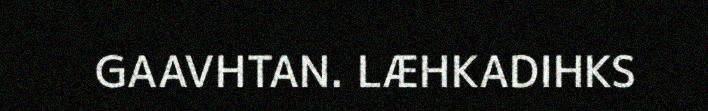
GAAVHTAN. LÆHKADIHKS